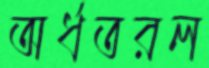
অর্ধতরল